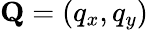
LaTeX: {\mathbf Q}=(q_{x},q_{y})